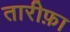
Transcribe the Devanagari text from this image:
तारीफ़ा